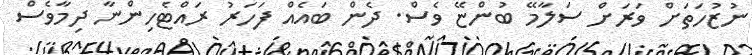
ނުޒުހަތަށް ވަރަށް ސަލާމޭ ބުންޏޭ ވެސް. ދެން ބައެއް ފަހަރު ރައްޓެހިންނާ ދިމާވެސް